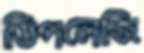
ডিপলেজি